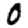
Digit: 0